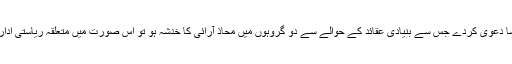
یہ تنازعہ مذہبی پہچان کا ہوسکتا ہےیعنی اگر ایک مذہبی گروہ اُٹھ کر ایسا دعویٰ کردے جس سے بنیادی عقائد کے حوالے سے دو گروہوں میں محاذ آرائی کا خدشہ ہو تو اس صورت میں متعلّقہ ریاستی اداروں کی ذمّہ داری ہوگی کہ وہ صورتحال کا جائزہ لیکر ایک فیصلہ کریں۔